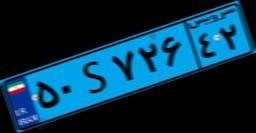
۳۰S۴۳۴۲۹